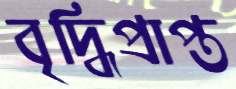
বৃদ্ধিপ্রাপ্ত